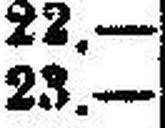
23.—